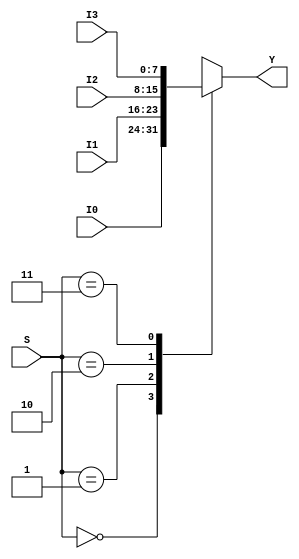
// 8 bit 4x1 Multiplexer
module mux_8_4x1 (output reg [7:0]Y, input [1:0]S, input[7:0] I0, I1, I2, I3);
always @ (S, I0, I1, I2, I3) 
case(S)
2'b00: Y = I0; 
2'b01: Y = I1; 
2'b10: Y = I2; 
2'b11: Y = I3; 
endcase
endmodule

// 1 bit 4x1 Multiplexer
module mux4x1 (output reg Y, input [1:0]S, input I0, I1, I2, I3);
always @ (S, I0, I1, I2, I3) 
case(S)
2'b00: Y = I0; 
2'b01: Y = I1; 
2'b10: Y = I2; 
2'b11: Y = I3; 
endcase
endmodule


//---32-BIT-MULTIPLEXERS-----------------------------------------------------------------------------------------------

// 32 bit 2x1 Multiplexer
module mux_2x1 (output reg [31: 0]Y, input S, input[31: 0] I0, I1);
always @ (S, I0, I1) 
if (S) Y = I1; 
else Y = I0; 
endmodule

// 32 bit 4x1 Multiplexer
module mux_32_4x1 (output reg [31: 0]Y, input [1:0]S, input[31:0] I0, I1, I2, I3); 
always @ (S, I0, I1, I2, I3) 
case(S)
2'b00: Y = I0; 
2'b01: Y = I1; 
2'b10: Y = I2; 
2'b11: Y = I3; 
endcase
endmodule


// 32 bit 8x1 Multiplexer
module mux_8x1 (output reg [31:0]Y, input [2:0]S, input[31:0] I0, I1, I2, I3, I4, I5, I6, I7); 
always @ (S, I0, I1, I2, I3, I4, I5, I6, I7) 
case(S)
3'b000: Y = I0; 
3'b001: Y = I1; 
3'b010: Y = I2; 
3'b011: Y = I3; 
3'b100: Y = I4; 
3'b101: Y = I5; 
3'b110: Y = I6; 
3'b111: Y = I7;
endcase
endmodule

// 32 bit 8x1 Multiplexer
module mux_32_16x1 (output reg [31:0]Y, input [3:0]S, input[31:0] I0, I1, I2, I3, I4, I5, I6, I7,I8, I9, I10, I11, I12, I13, I14, I15); 
always @ (S, I0, I1, I2, I3, I4, I5, I6, I7,I8, I9, I10, I11, I12, I13, I14, I15) 
case(S)
4'b0000: Y = I0; 
4'b0001: Y = I1; 
4'b0010: Y = I2; 
4'b0011: Y = I3; 
4'b0100: Y = I4; 
4'b0101: Y = I5; 
4'b0110: Y = I6; 
4'b0111: Y = I7;
4'b1000: Y = I8; 
4'b1001: Y = I9;
4'b1010: Y = I10; 
4'b1011: Y = I11; 
4'b1100: Y = I12; 
4'b1101: Y = I13; 
4'b1110: Y = I14; 
4'b1111: Y = I15;
endcase
endmodule

// 32 bit 32x1 Multiplexer
module mux_32x1 (output reg [31:0]Y, input [4:0]S, input[31:0] I0, I1, I2, I3, I4, I5, I6, I7, I8, I9, I10, I11, I12, I13, I14, I15, I16, I17, I18, I19, I20, I21, I22, I23, I24, I25, I26, I27, I28, I29, I30, I31);
always @ (S, I0, I1, I2, I3, I4, I5, I6, I7, I8, I9, I10, I11, I12, I13, I14, I15, I16, I17, I18, I19, I20, I21, I22, I23, I24, I25, I26, I27, I28, I29, I30, I31)
case(S)
5'b00000: Y = I0;
5'b00001: Y = I1;
5'b00010: Y = I2;
5'b00011: Y = I3;
5'b00100: Y = I4;
5'b00101: Y = I5;
5'b00110: Y = I6;
5'b00111: Y = I7;
5'b01000: Y = I8;
5'b01001: Y = I9;
5'b01010: Y = I10;
5'b01011: Y = I11;
5'b01100: Y = I12;
5'b01101: Y = I13;
5'b01110: Y = I14;
5'b01111: Y = I15;
5'b10000: Y = I16;
5'b10001: Y = I17;
5'b10010: Y = I18;
5'b10011: Y = I19;
5'b10100: Y = I20;
5'b10101: Y = I21;
5'b10110: Y = I22;
5'b10111: Y = I23;
5'b11000: Y = I24;
5'b11001: Y = I25;
5'b11010: Y = I26;
5'b11011: Y = I27;
5'b11100: Y = I28;
5'b11101: Y = I29;
5'b11110: Y = I30;
5'b11111: Y = I31;
endcase
endmodule


// // 32 bit 64x1 Multiplexer
// module mux_64x1 (output reg [31: 0]Y, input [5:0]S, input[31:0] I0, [31:0]I1, [31:0]I2, [31:0]I3, [31:0]I4, [31:0]I5, [31:0]I6, [31:0]I7, [31:0]I8, [31:0]I9, [31:0]I10, [31:0]I11, [31:0]I12, [31:0]I13, [31:0]I14, [31:0]I15, [31:0]I16, [31:0]I17, [31:0]I18, [31:0]I19, [31:0]I20, [31:0]I21, [31:0]I22, [31:0]I23, [31:0]I24, [31:0]I25, [31:0]I26, [31:0]I27, [31:0]I28, [31:0]I29, [31:0]I30, [31:0]I31, [31:0]I32, [31:0]I33, [31:0]I34, [31:0]I35, [31:0]I36, [31:0]I37, [31:0]I38, [31:0]I39, [31:0]I40, [31:0]I41, [31:0]I42, [31:0]I43, [31:0]I44, [31:0]I45, [31:0]I46, [31:0]I47, [31:0]I48, [31:0]I49, [31:0]I50, [31:0]I51, [31:0]I52, [31:0]I53, [31:0]I54, [31:0]I55, [31:0]I56, [31:0]I57, [31:0]I58, [31:0]I59, [31:0]I60, [31:0]I61, [31:0]I62, [31:0]I63); 
// always @ (S, I0, I1, I2, I3, I4, I5, I6, I7, I8, I9, I10, I11, I12, I13, I14, I15, I16, I17, I18, I19, I20, I21, I22, I23, I24, I25, I26, I27, I28, I29, I30, I31, I32, I33, I34, I35, I36, I37, I38, I39, I40, I41, I42, I43, I44, I45, I46, I47, I48, I49, I50, I51, I52, I53, I54, I55, I56, I57, I58, I59, I60, I61, I62, I63) 
// case(S)
// 6'b000000: Y = I0;
// 6'b000001: Y = I1;
// 6'b000010: Y = I2;
// 6'b000011: Y = I3;
// 6'b000100: Y = I4;
// 6'b000101: Y = I5;
// 6'b000110: Y = I6;
// 6'b000111: Y = I7;
// 6'b001000: Y = I8;
// 6'b001001: Y = I9;
// 6'b001010: Y = I10;
// 6'b001011: Y = I11;
// 6'b001100: Y = I12;
// 6'b001101: Y = I13;
// 6'b001110: Y = I14;
// 6'b001111: Y = I15;
// 6'b010000: Y = I16;
// 6'b010001: Y = I17;
// 6'b010010: Y = I18;
// 6'b010011: Y = I19;
// 6'b010100: Y = I20;
// 6'b010101: Y = I21;
// 6'b010110: Y = I22;
// 6'b010111: Y = I23;
// 6'b011000: Y = I24;
// 6'b011001: Y = I25;
// 6'b011010: Y = I26;
// 6'b011011: Y = I27;
// 6'b011100: Y = I28;
// 6'b011101: Y = I29;
// 6'b011110: Y = I30;
// 6'b011111: Y = I31;
// 6'b100000: Y = I32;
// 6'b100001: Y = I33;
// 6'b100010: Y = I34;
// 6'b100011: Y = I35;
// 6'b100100: Y = I36;
// 6'b100101: Y = I37;
// 6'b100110: Y = I38;
// 6'b100111: Y = I39;
// 6'b101000: Y = I40;
// 6'b101001: Y = I41;
// 6'b101010: Y = I42;
// 6'b101011: Y = I43;
// 6'b101100: Y = I44;
// 6'b101101: Y = I45;
// 6'b101110: Y = I46;
// 6'b101111: Y = I47;
// 6'b110000: Y = I48;
// 6'b110001: Y = I49;
// 6'b110010: Y = I50;
// 6'b110011: Y = I51;
// 6'b110100: Y = I52;
// 6'b110101: Y = I53;
// 6'b110110: Y = I54;
// 6'b110111: Y = I55;
// 6'b111000: Y = I56;
// 6'b111001: Y = I57;
// 6'b111010: Y = I58;
// 6'b111011: Y = I59;
// 6'b111100: Y = I60;
// 6'b111101: Y = I61;
// 6'b111110: Y = I62;
// 6'b111111: Y = I63;

// endcase
// endmodule